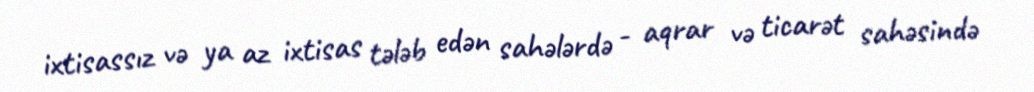
ixtisassız və ya az ixtisas tələb edən sahələrdə - aqrar və ticarət sahəsində